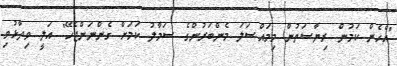
"އެހެން ކަމުން ރިޔާސަތުން މިމައްސަލަ މެންބަރުންގެ ސަމާލު ކަމަށް ގެންނަންޖެހޭ" އަލީ ވިދާޅުވި